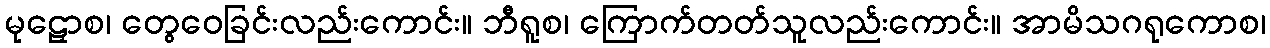
မုဠှောစ၊ တွေဝေခြင်းလည်းကောင်း။ ဘီရူစ၊ ကြောက်တတ်သူလည်းကောင်း။ အာမိသဂရုကောစ၊